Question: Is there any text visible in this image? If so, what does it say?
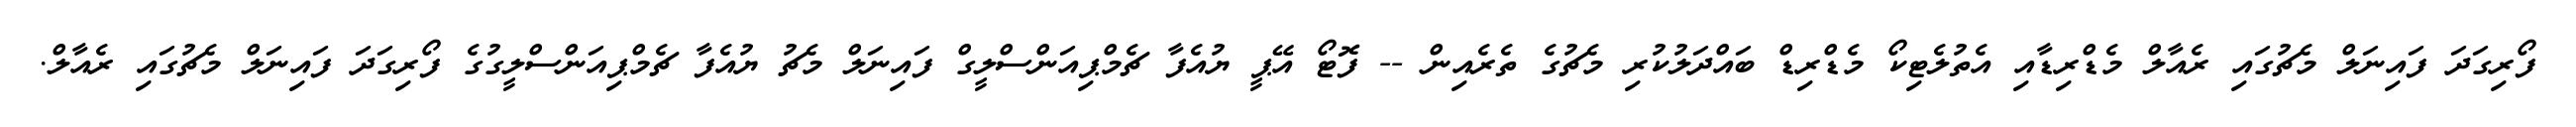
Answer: ފޯރިގަދަ ފައިނަލް މެޗުގައި ރެއާލް މެޑްރިޑާއި އެތުލެޓިކޯ މެޑްރިޑް ބައްދަލުކުރި މެޗުގެ ތެރެއިން -- ފޮޓޯ އޭޕީ ޔުއެފާ ޗެމްޕިއަންސްލީގް ފައިނަލް މެޗު ޔުއެފާ ޗެމްޕިއަންސްލީގުގެ ފޯރިގަދަ ފައިނަލް މެޗުގައި ރެއާލް.